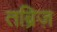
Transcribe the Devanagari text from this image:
तब्रिज़